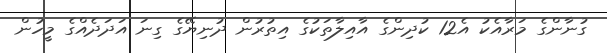
ގުނާންގެ މަރާއެކު އެ12 ކުދިންގެ އާއިލާތަކުގެ އިތުރުން ދުނިޔޭގެ ގިނަ އަދަދެއްގެ މީހުން